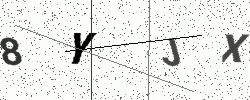
Text: 8YJX